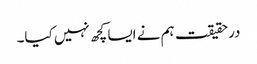
درحقیقت ہم نے ایسا کچھ نہیں کیا۔